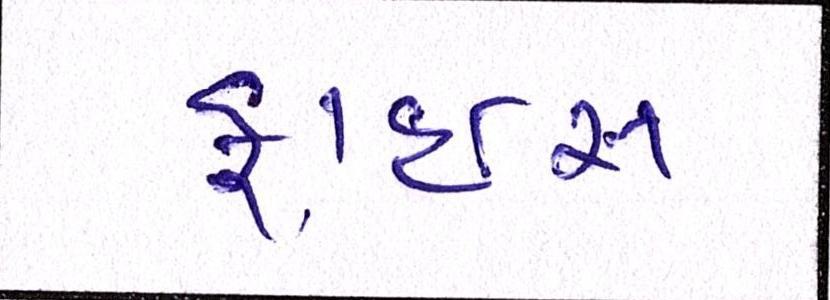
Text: ફ્રાઇસ